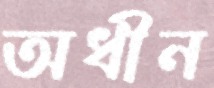
অধীন